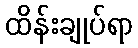
ထိန်းချုပ်ရာ